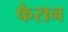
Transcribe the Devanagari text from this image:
फेरान